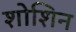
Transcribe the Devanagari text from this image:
शोशिन